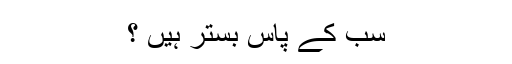
سب کے پاس بستر ہیں ؟